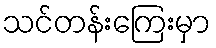
သင်တန်းကြေးမှာ